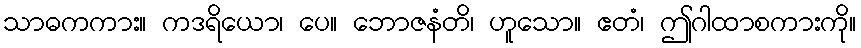
သာဓကကား။ ကဒရိယော၊ ပေ။ ဘောဇနံတိ၊ ဟူသော။ ဧတံ၊ ဤဂါထာစကားကို။